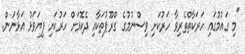
"މި ގައުމުގައި ހަރަކާތްތެރިވާ ހަރުކަށި ވިސްނުމުގެ ގްރޫޕުތަކާއި ދެކޮޅަށް ހަރުކަށި ފިޔަވަޅު އަޅާނަން.